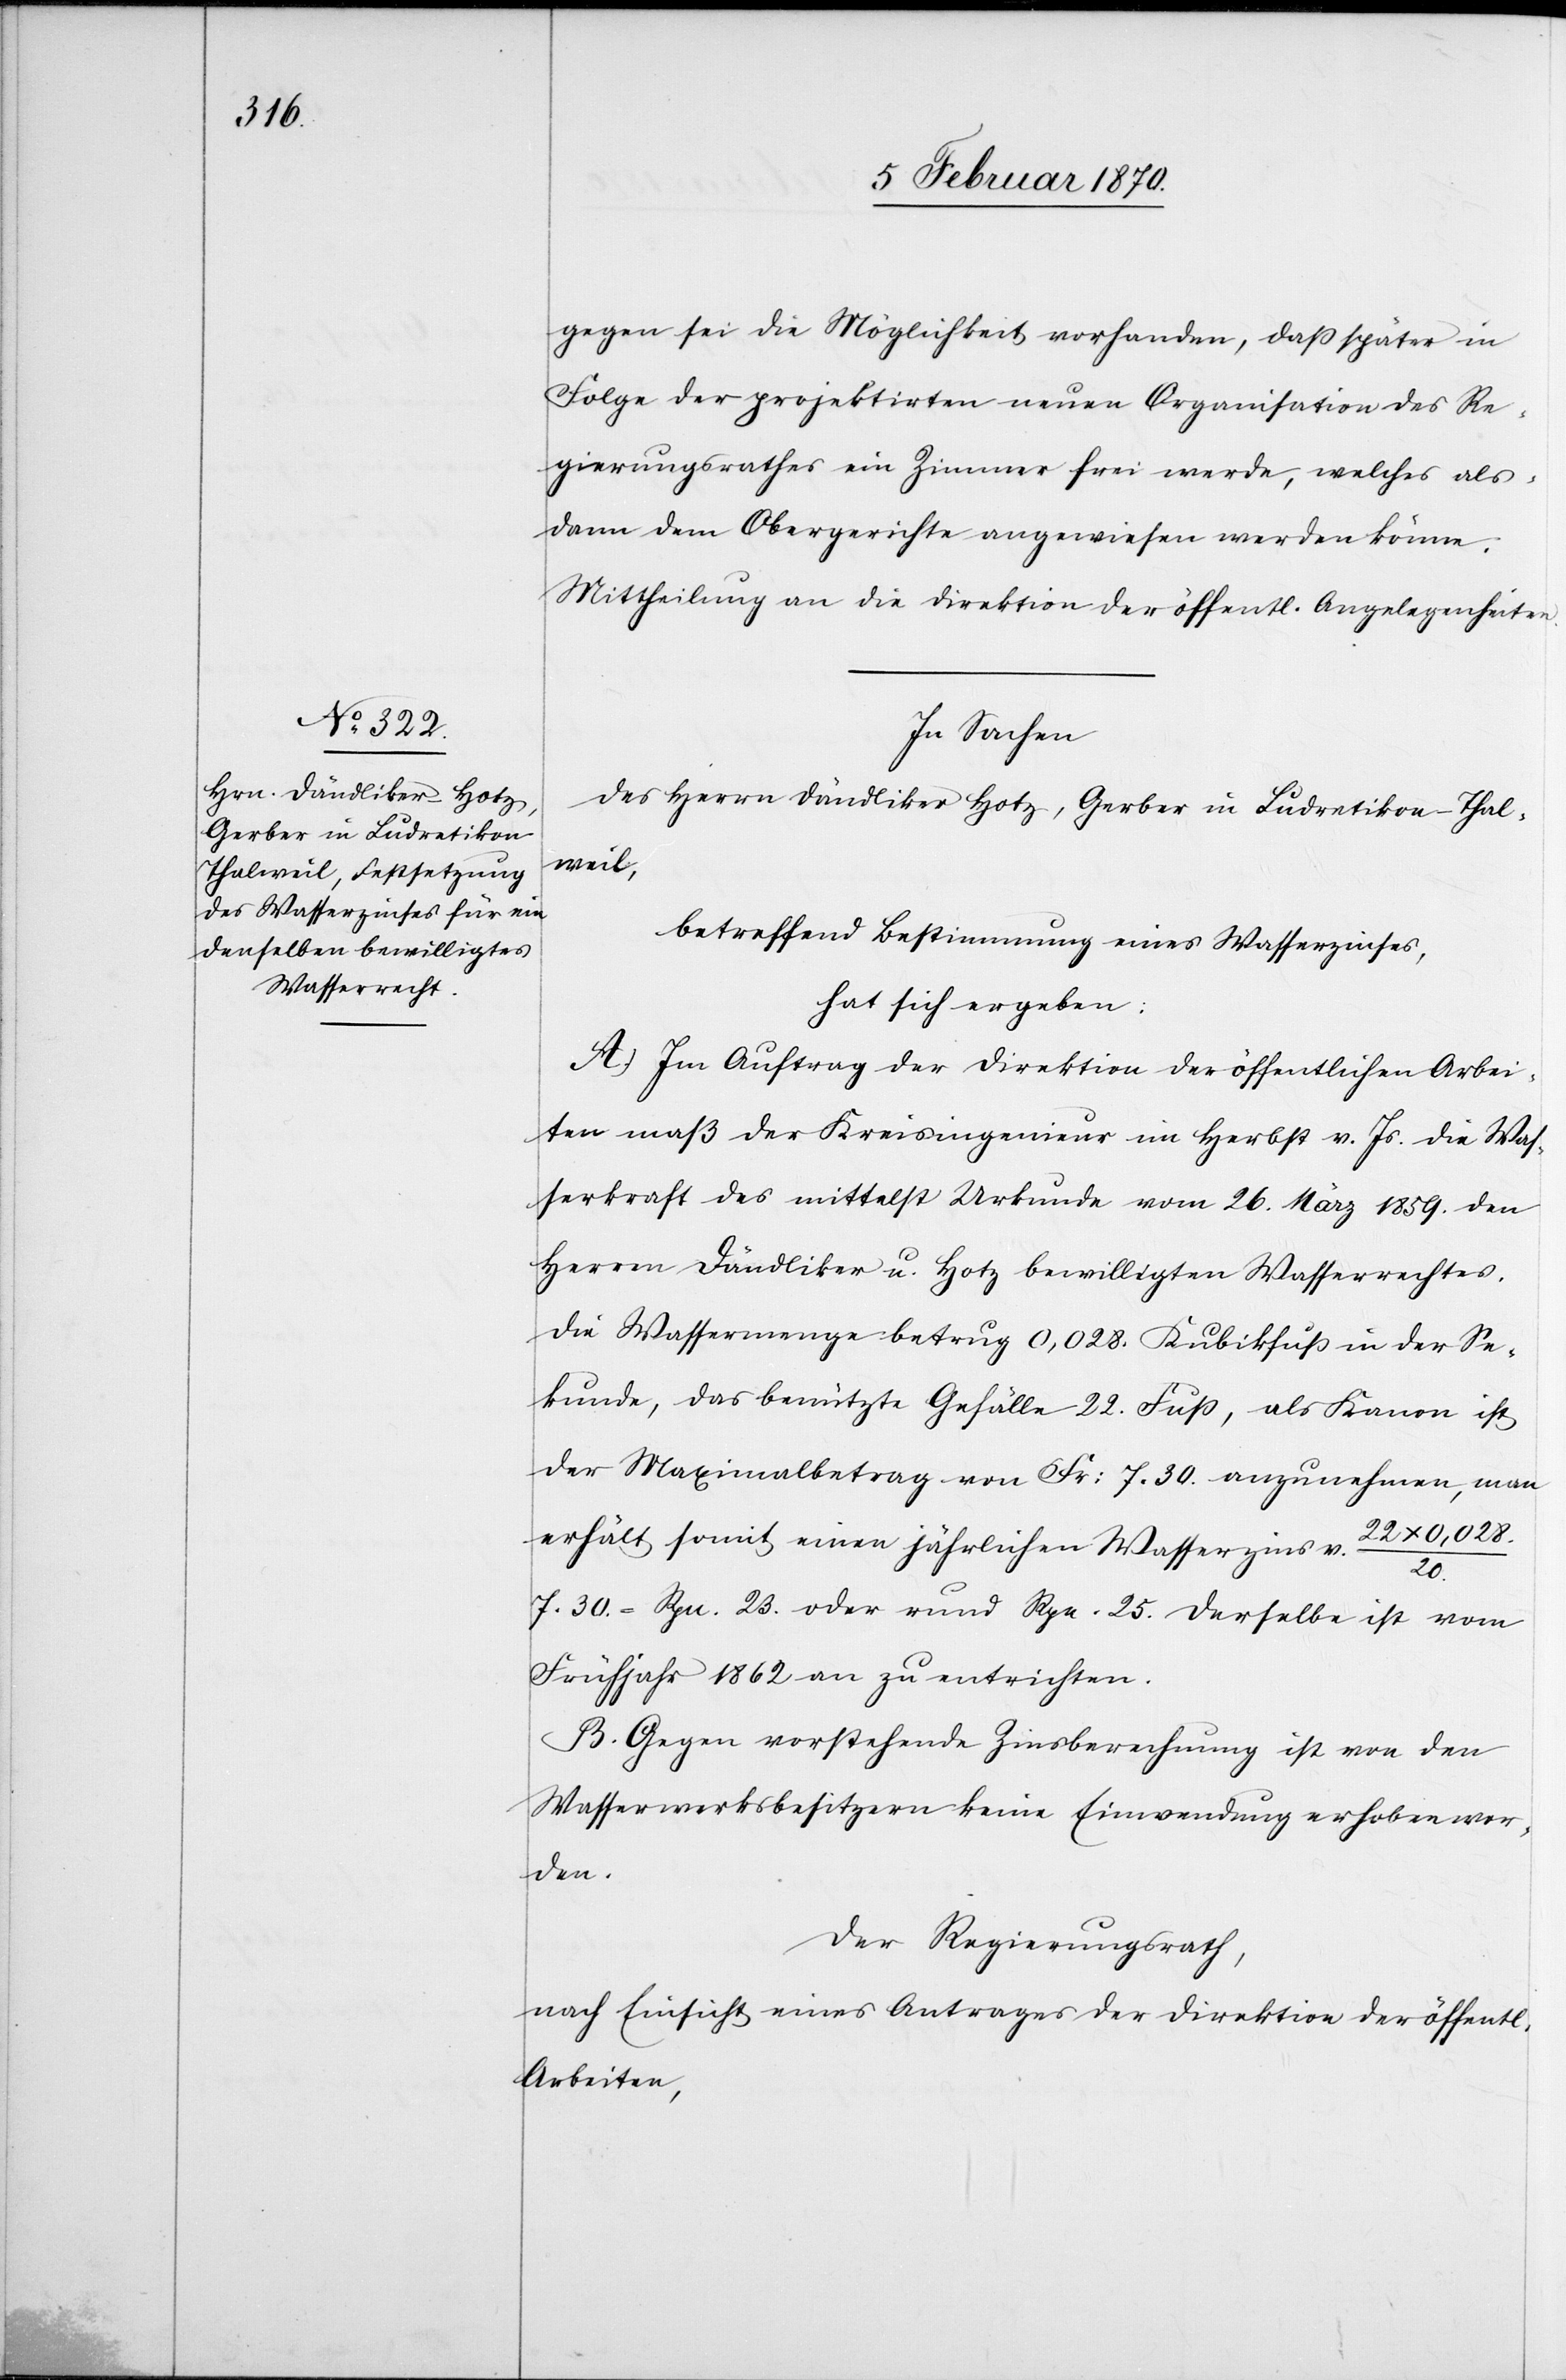
gegen [sic!] sei die Möglichkeit vorhanden, daß später in
Folge der projektirten neuen Organisation des Re¬
gierungsrathes ein Zimmer frei werde, welches als¬
dann dem Obergerichte angewiesen werden könne.
Mittheilung an die Direktion der öffentl. Angelegenheiten
In Sachen
des Herrn Dändliker Hotz, Gerber in Ludretikon-Thal¬
weil,
betreffend Bestimmung eines Wasserzinses,
hat sich ergeben:
A. Im Auftrag der Direktion der öffentlichen Arbei¬
ten maß der Kreisingenieur im Herbst v. Js. die Was¬
serkraft des mittelst Urkunde vom 26. März 1859. den
Herren Dändliker u. Hotz bewilligten Wasserrechtes.
Die Wassermenge betrug 0,028. Kubikfuß in der Se¬
kunde, das benützte Gefälle 22. Fuß, als Kanon ist
der Maximalbetrag von Fr: 7.30. anzunehmen, man
22 x 0,028.
erhält somit einen jährlichen Wasserzins v.
20.
7.30. = Rpn. 23. oder rund Rpn. 25. Derselbe ist vom
Frühjahr 1862 an zu entrichten.
B. Gegen vorstehende Zinsberechnung ist von den
Wasserwerksbesitzern keine Einwendung erhoben wor¬
den.
Der Regierungsrath,
nach Einsicht eines Antrages der Direktion der öffentl.
Arbeiten,